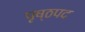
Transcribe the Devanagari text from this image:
पृष्ठपद